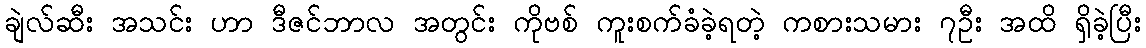
ချဲလ်ဆီး အသင်း ဟာ ဒီဇင်ဘာလ အတွင်း ကိုဗစ် ကူးစက်ခံခဲ့ရတဲ့ ကစားသမား ၇ဦး အထိ ရှိခဲ့ပြီး